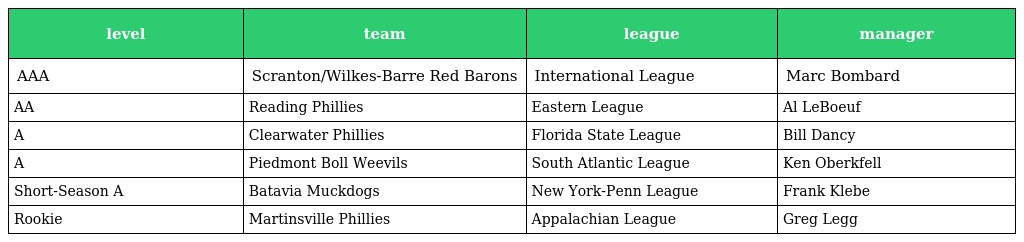
| level | team | league | manager |
 | --- | --- | --- | --- |
 | AAA | Scranton/Wilkes-Barre Red Barons | International League | Marc Bombard |
 | AA | Reading Phillies | Eastern League | Al LeBoeuf |
 | A | Clearwater Phillies | Florida State League | Bill Dancy |
 | A | Piedmont Boll Weevils | South Atlantic League | Ken Oberkfell |
 | Short-Season A | Batavia Muckdogs | New York-Penn League | Frank Klebe |
 | Rookie | Martinsville Phillies | Appalachian League | Greg Legg |